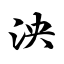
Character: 泱